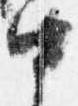
中